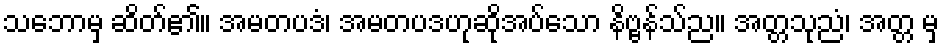
သဘောမှ ဆိတ်၏။ အမတပဒံ၊ အမတပဒဟုဆိုအပ်သော နိဗ္ဗန်သ်ည။ အတ္တသုညံ၊ အတ္တ မှ